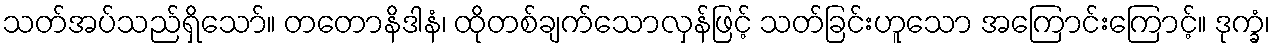
သတ်အပ်သည်ရှိသော်။ တတောနိဒါနံ၊ ထိုတစ်ချက်သောလှန်ဖြင့် သတ်ခြင်းဟူသော အကြောင်းကြောင့်။ ဒုက္ခံ၊